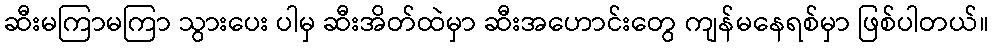
ဆီးမကြာမကြာ သွားပေး ပါမှ ဆီးအိတ်ထဲမှာ ဆီးအဟောင်းတွေ ကျန်မနေရစ်မှာ ဖြစ်ပါတယ်။